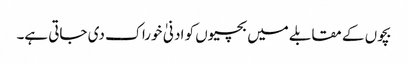
بچوں کے مقابلے میں بچیوں کو ادنیٰ خوراک دی جاتی ہے۔